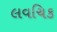
લવચિક